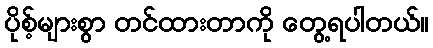
ပိုစ့်များစွာ တင်ထားတာကို တွေ့ရပါတယ်။